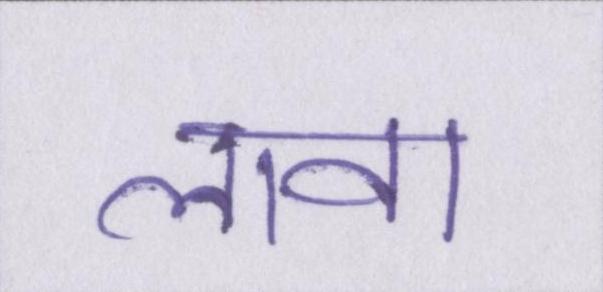
लावा